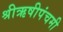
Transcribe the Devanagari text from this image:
श्रीऋषीपंचमी